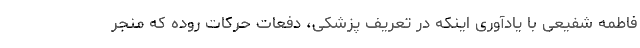
فاطمه شفیعی با یادآوری اینکه در تعریف پزشکی، دفعات حرکات روده که منجر